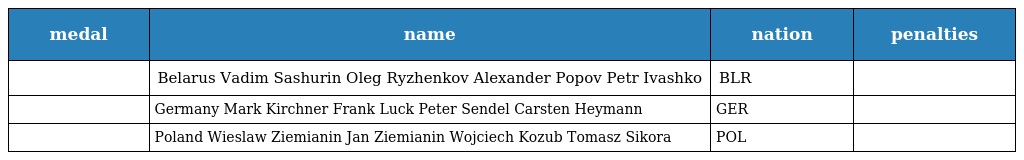
| medal | name | nation | penalties |
 | --- | --- | --- | --- |
 |  | Belarus Vadim Sashurin Oleg Ryzhenkov Alexander Popov Petr Ivashko | BLR |  |
 |  | Germany Mark Kirchner Frank Luck Peter Sendel Carsten Heymann | GER |  |
 |  | Poland Wieslaw Ziemianin Jan Ziemianin Wojciech Kozub Tomasz Sikora | POL |  |